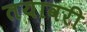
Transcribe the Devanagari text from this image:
तयावरी